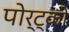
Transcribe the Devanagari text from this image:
पोर्ट्को